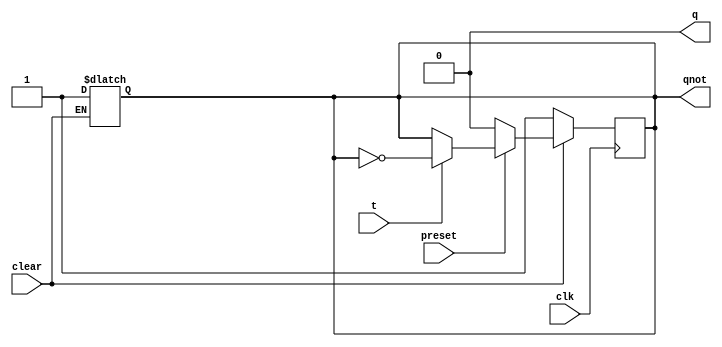
module tff ( output q, output qnot, input t, input clk, input preset, input clear );
	reg q=0, qnot=1;
	always @( posedge clk ) begin
		if ( ~clear ) begin
			q <= 0; qnot <= 1;
		end else if ( ~preset ) begin
			q <= 1; qnot <= 0;
		end else begin
			if ( t ) begin
				q <= ~q; qnot <= ~qnot;
			end
		end
	end
	always #5 if (~clear) begin q<=0; qnot<=1; end
endmodule